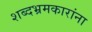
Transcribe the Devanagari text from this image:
शब्दभ्रमकारांना